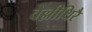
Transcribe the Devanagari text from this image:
वेल्लीथिरै